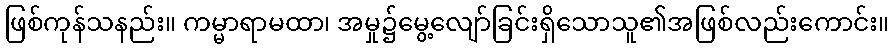
ဖြစ်ကုန်သနည်း။ ကမ္မာရာမထာ၊ အမှု၌မွေ့လျော်ခြင်းရှိသောသူ၏အဖြစ်လည်းကောင်း။